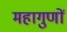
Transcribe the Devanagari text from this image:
महागुणों